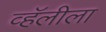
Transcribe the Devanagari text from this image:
व्हॅलीला